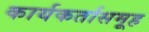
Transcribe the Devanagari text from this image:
कार्यकर्तासमूह